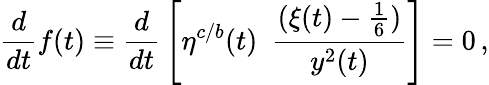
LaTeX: {\frac{d}{dt}}f(t)\equiv{\frac{d}{dt}}\left[\eta^{c/b}(t)~~{\frac{(\xi(t)-{\frac{1}{6}})}{y^{2}(t)}}\right]=0\, ,